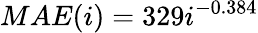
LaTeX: MAE(i)=329i^{-0.384}